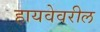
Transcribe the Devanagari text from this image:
हायवेवरील